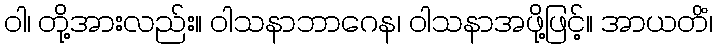
ဝါ၊ တို့အားလည်း။ ဝါသနာဘာဂေန၊ ဝါသနာအဖို့ဖြင့်။ အာယတိံ၊